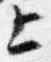
上